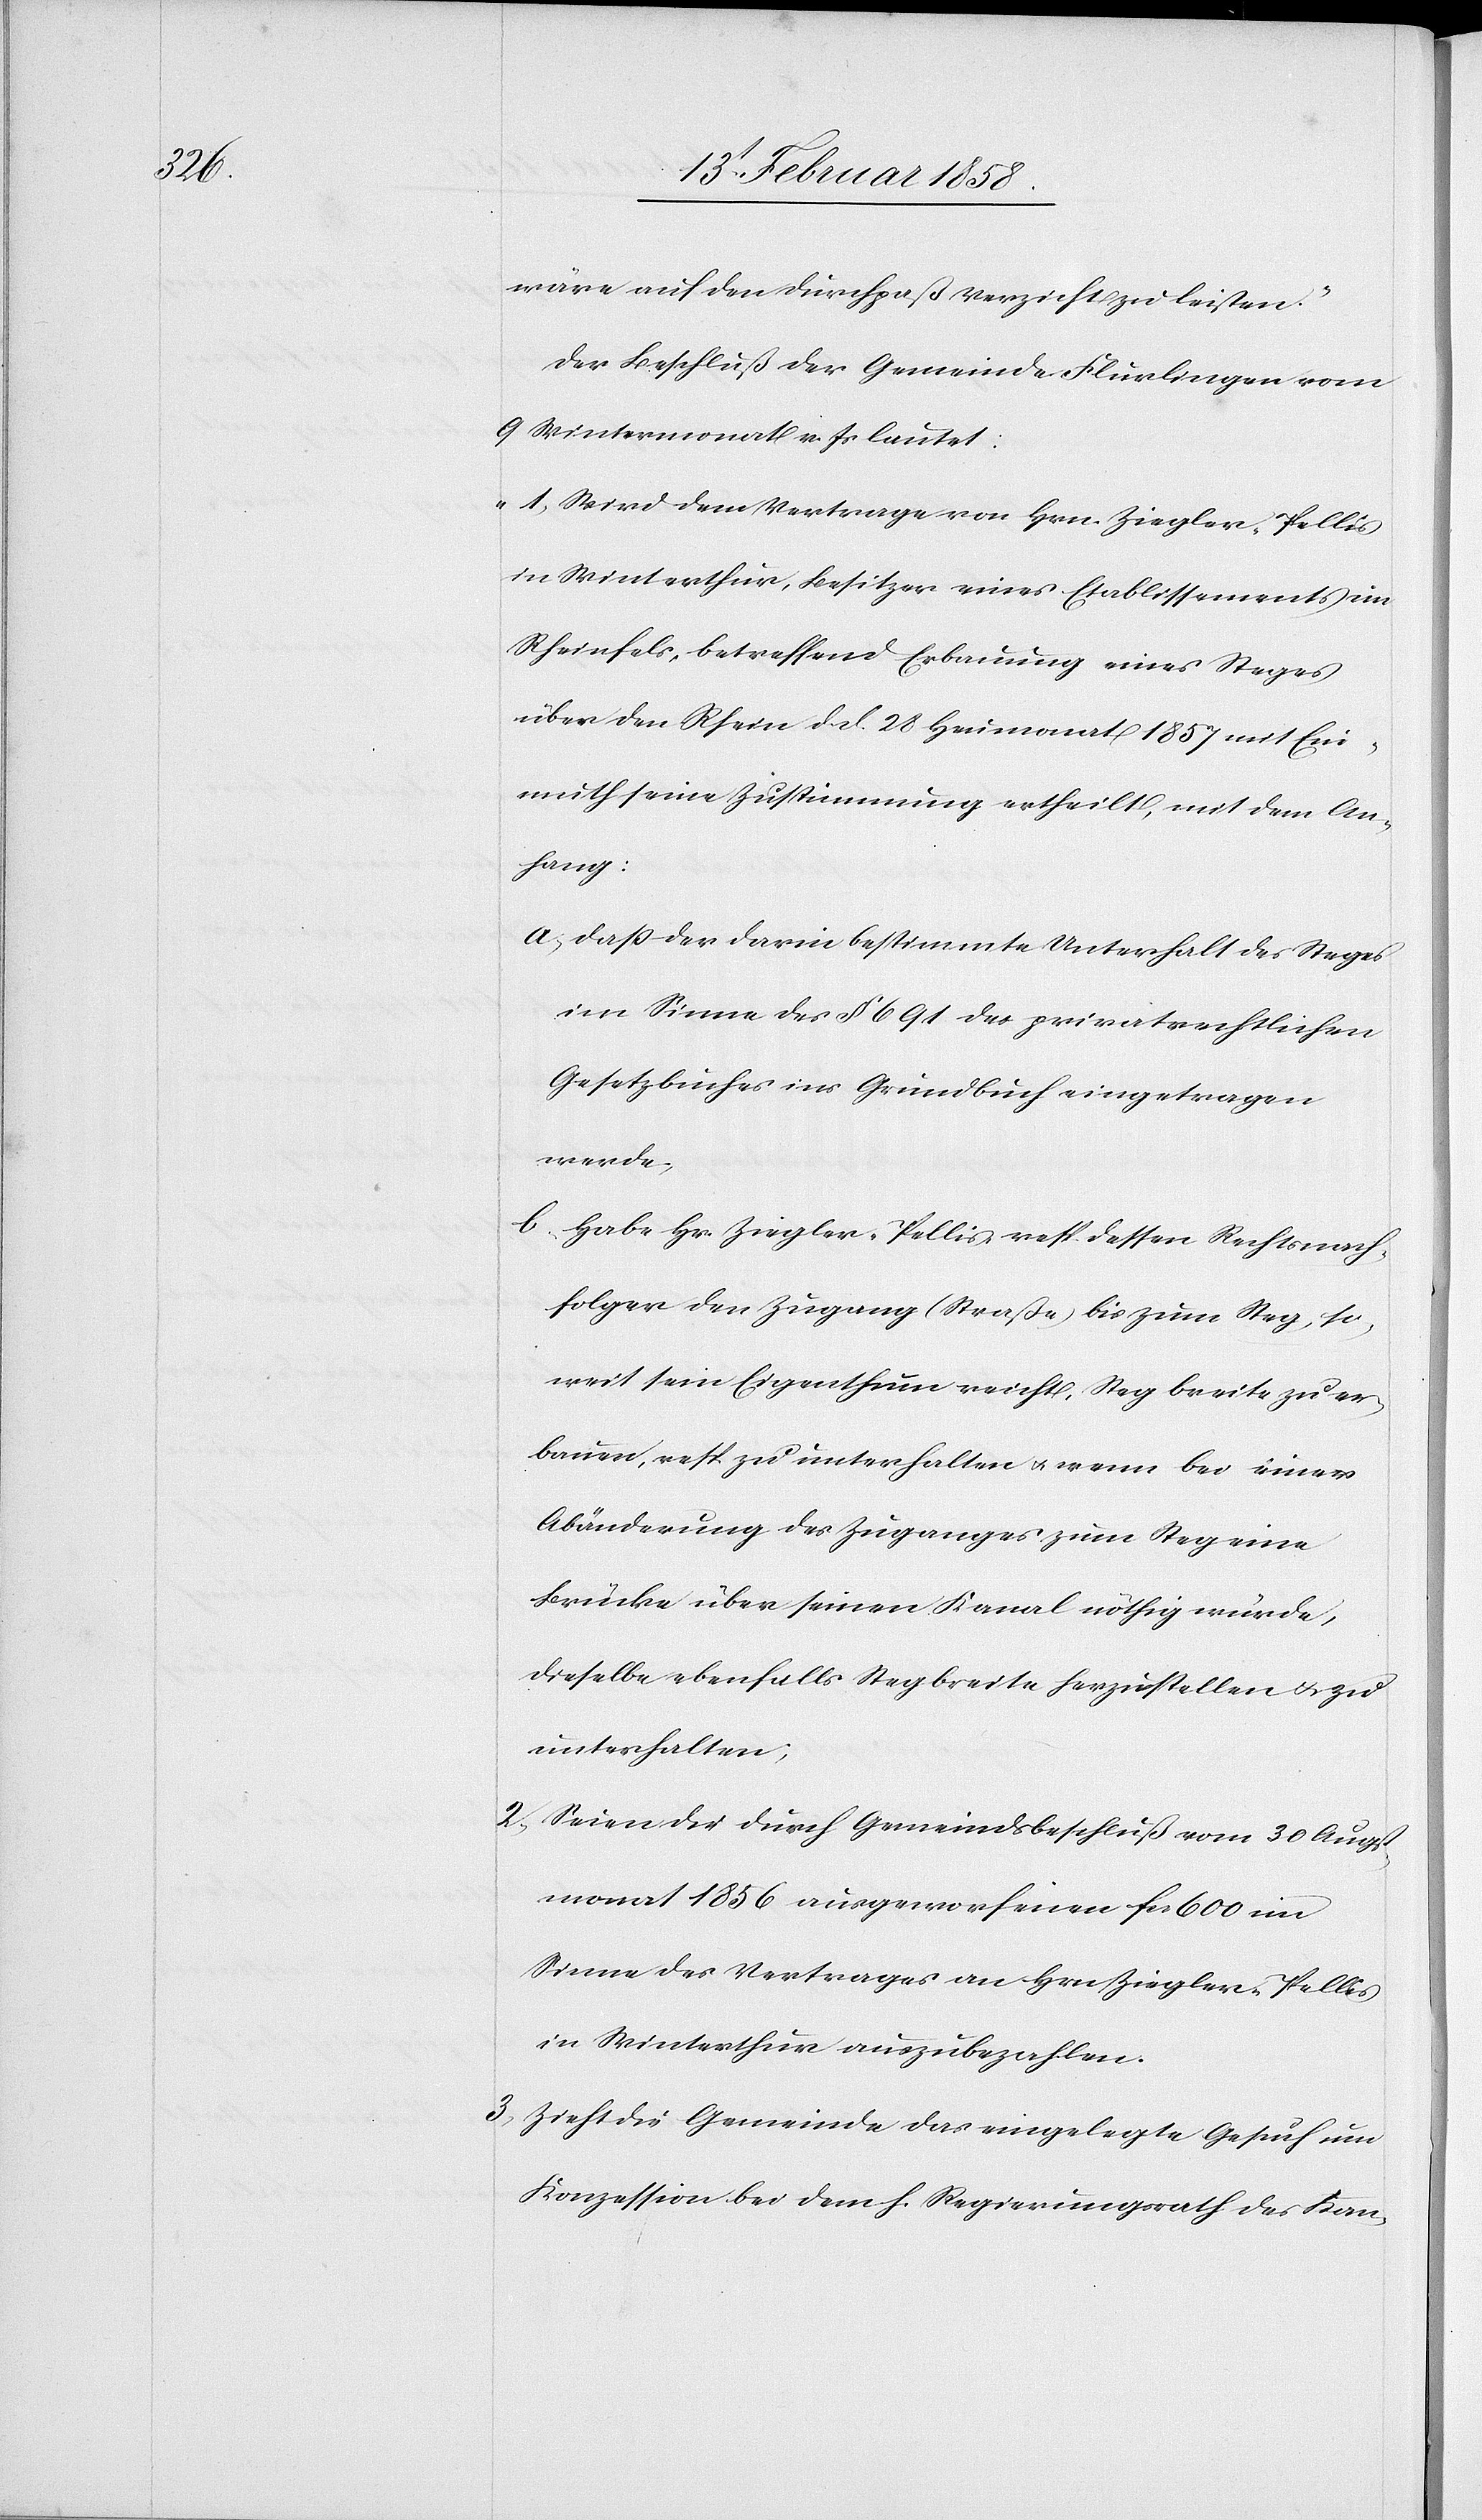
wäre auf den Durchpaß Verzicht zu leisten.“
Der Beschluß der Gemeinde Flurlingen vom
9 Wintermonat v. Js lautet:
„1. Wird dem Vertrage von Hrn. Ziegler-Pellis
in Winterthur, Besitzer eines Etablissements im
Rheinfels, betreffend Erbauung eines Steges
über den Rhein d. d. 28 Heumonat 1857 mit Ein¬
muth seine Zustimmung ertheilt, mit dem An¬
fang:
a. daß der darin bestimmte Unterhalt des Steges
im Sinne des § 691 des privatrechtlichen
Gesetzbuches ins Grundbuch eingetragen
werde,
b. Habe Hr. Ziegler-Pellis resp. dessen Rechtsnach¬
folger den Zugang (Straße) bis zum Steg, so¬
weit sein Eigenthum reicht, Stegbreite zu er¬
bauen, resp. zu unterhalten u. wenn bei einer
Abänderung des Zuganges zum Steg eine
Brücke über seinen Kanal nöthig würde,
dieselbe ebenfalls Stegbreite herzustellen u. zu
unterhalten;
2. Seien die durch Gemeindsbeschluß vom 30 Augst¬
monat 1856 ausgeworfenen fcs. 600 im
Sinne des Vertrages an Hrn. Ziegler-Pellis
in Winterthur auszubezahlen.
3. Zieht die Gemeinde das eingelegte Gesuch um
Konzession bei dem h. Regierungsrath des Kan-